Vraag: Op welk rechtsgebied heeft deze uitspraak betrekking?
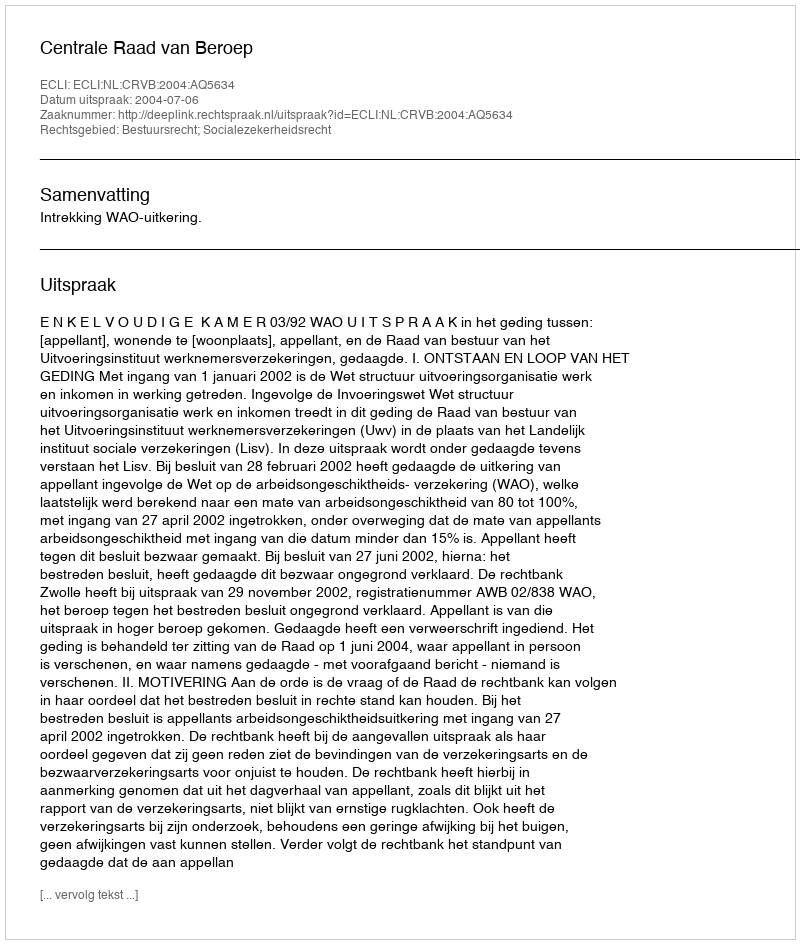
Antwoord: Bestuursrecht; Socialezekerheidsrecht